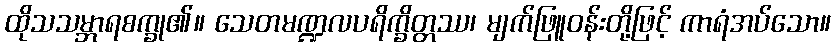
ထိုသသမ္ဘာရစက္ခု၏။ သေတမဏ္ဍလပရိက္ခိတ္တဿ၊ မျက်ဖြူဝန်းတို့ဖြင့် ကာရံအပ်သော။